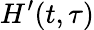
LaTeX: H^{\prime}(t,\tau)